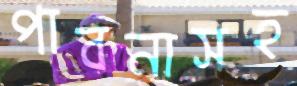
পাবনাসহ